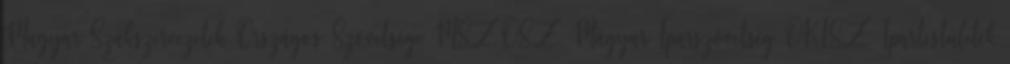
Magyar Szakszervezetek Országos Szövetsége MSZOSZ Magyar Iparszövetség OKISZ Ipartestületek